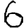
Digit: 6